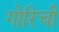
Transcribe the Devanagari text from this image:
गोरिची